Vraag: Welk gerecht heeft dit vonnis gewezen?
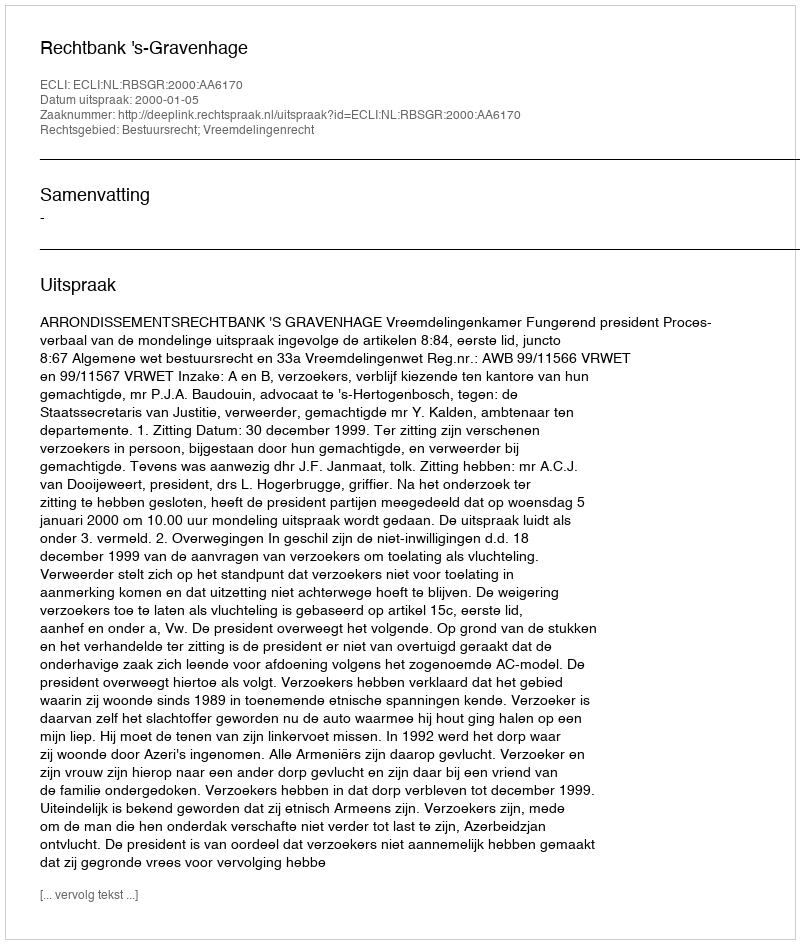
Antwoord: Rechtbank 's-Gravenhage